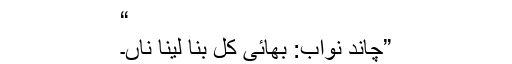
“
”چاند نواب: بھائی کل بنا لینا ناں۔